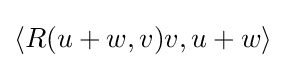
\langle R(u+w,v)v,u+w\rangle